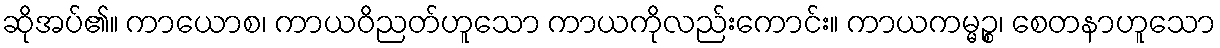
ဆိုအပ်၏။ ကာယောစ၊ ကာယဝိညတ်ဟူသော ကာယကိုလည်းကောင်း။ ကာယကမ္မဉ္စ၊ စေတနာဟူသော